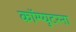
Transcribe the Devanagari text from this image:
कॉम्प्युटरना